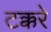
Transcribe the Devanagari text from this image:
टक्करे